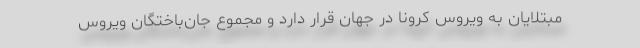
مبتلایان به ویروس کرونا در جهان قرار دارد و مجموع جان‌باختگان ویروس